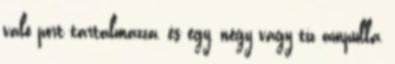
való port tartalmazza, és egy, négy vagy tíz ampulla,